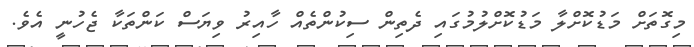
މިގޮތަށް މަޑުކޮށްލާ މަޑުކޮށްލުމުގައި ދެތިން ސިކުންތެއް ހާއިރު ވިޔަސް ކަންތަކާ ޖެހުނީ އެވެ.